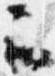
云